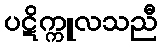
ပဋိက္ကူလသညီ